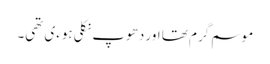
موسم گرم تھا اور دھوپ نکلی ہوءی تھی۔